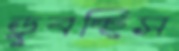
ডুবচ্ছিস